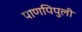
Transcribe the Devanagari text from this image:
पाणपिपुली